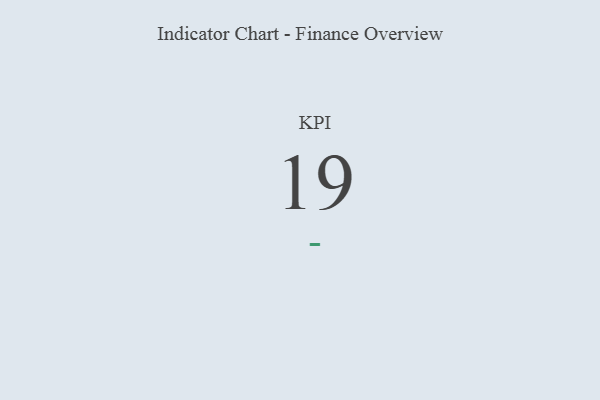
{"axis": {"x": "KPI", "y": "Value"}, "legend": [""], "data": [{"x": "KPI", "y": 19, "type": ""}]}